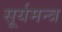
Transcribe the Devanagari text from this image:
सूर्यमन्त्र